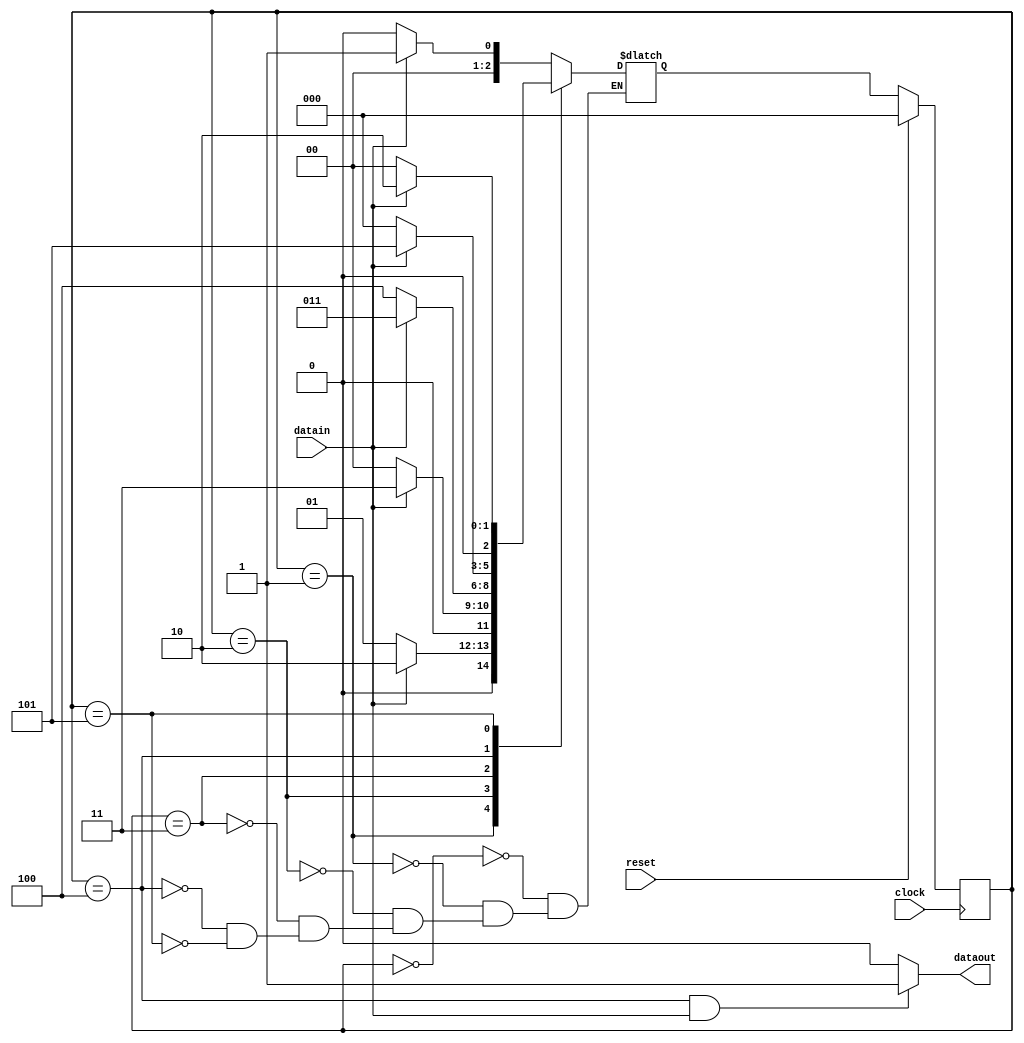
module jfsmMooreWithOverlap(dataout, clock, reset, datain);
  output reg dataout;
  input clock, reset, datain;
  
  reg[2:0] cs, ns;
  
  parameter a = 3'b000;
  parameter b = 3'b001;
  parameter c = 3'b010;
  parameter d = 3'b011;
  parameter e = 3'b100;
  parameter f = 3'b101;
  
  always @(posedge clock)
  begin
    if(reset)
      cs <= a;
    else
      cs <= ns;
  end

  always @(cs, datain)
  begin
    case(cs)
    a:
      begin
        if(datain)
          ns <= b;
        else
          ns <= a;
      end
    b:
      begin
        if(datain)
          ns <= c;
        else
          ns <= b;
      end
    c:
      begin
        if(datain)
          ns <= d;
        else
          ns <= a;
      end
    d:
      begin
        if(datain)
          ns <= d;
        else
          ns <= e;
      end
    e:
      begin
        if(datain)
          ns <= f;
        else
          ns <= a;
      end
    f:
      begin
        if(datain)
          ns <= c; // This has to be ns <= a; if we have to consider with overlap
        else
          ns <= a;
      end
    endcase      
  end
  
  // This will assign the correct status to the dataout bit
  always @(cs, datain)
  begin
    if ( cs == e && datain == 1 )
      dataout <= 1;
    else
      dataout <= 0;
  end    
endmodule